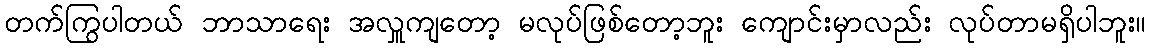
တက်ကြွပါတယ် ဘာသာရေး အလှူကျတော့ မလုပ်ဖြစ်တော့ဘူး ကျောင်းမှာလည်း လုပ်တာမရှိပါဘူး။